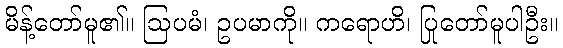
မိန့်တော်မူ၏။ ဩပမံ၊ ဥပမာကို။ ကရောဟိ၊ ပြုတော်မူပါဦး။